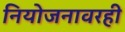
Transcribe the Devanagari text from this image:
नियोजनावरही